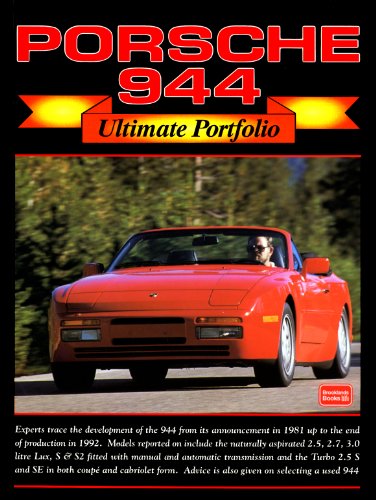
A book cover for Porsche 944 -Ultimate Portfolio; R.M. Clarke; Engineering & Transportation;